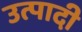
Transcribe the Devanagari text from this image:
उत्पादी